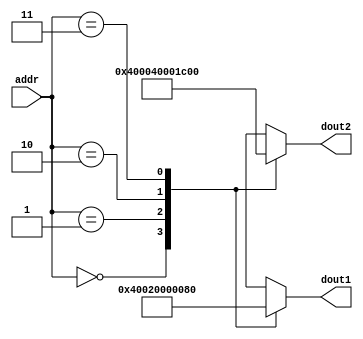
`timescale 1ns / 1ps
//////////////////////////////////////////////////////////////////////////////////
// Company: 
// Engineer: 
// 
// Design Name: 
// Module Name:    VG_ROM_8x18 
// Project Name: 
// Target Devices: 
// Tool versions: 
// Description: 
//
// Dependencies: 
//
// Revision: 
// Revision 0.01 - File Created
// Additional Comments: 
//
//////////////////////////////////////////////////////////////////////////////////
module VG_ROM_8x18(
    input [1:0] addr,
    output reg [17:0] dout1,
    output reg [17:0] dout2
    );


//BEWARE clock enabled memory causes uncertain behaviour at the output
//reg [1:0] local_addr;
//always@(posedge clk)
//	local_addr<=addr;
always @(*) begin 
	case(addr)
		4'h0: begin 
				dout1<=18'h00000;//+0.0
				dout2<=18'h00000;//+0.0
				end
		4'h1: begin 
				dout1<=18'b0_0000_000001000000;//+0.015625
				dout2<=18'b0_0000_0010000000000;//+0.125
				end
		4'h2: begin 
				dout1<=18'b0_0000_0100000000000;//+0.25
				dout2<=18'b0_0000_1000000000000;//+0.5
				end
		4'h3: begin 
				dout1<=18'b0_0000_0000010000000;//+0.015625
				dout2<=18'b0_0000_1110000000000;//+0.875
				end
	endcase

end


endmodule